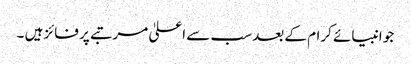
جو انبیائے کرام کے بعد سب سے اعلیٰ مرتبے پر فائز ہیں ۔